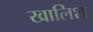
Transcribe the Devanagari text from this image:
खालिश